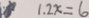
1 . 2 x = 6